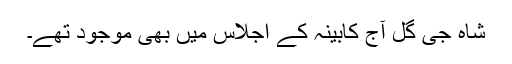
شاہ جی گل آج کابینہ کے اجلاس میں بھی موجود تھے۔